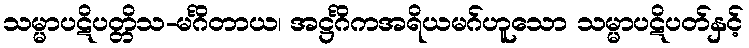
သမ္မာပဋိပတ္တိသ-မင်္ဂိတာယ၊ အဋ္ဌင်္ဂိကအရိယမဂ်ဟူသော သမ္မာပဋိပတ်နှင့်